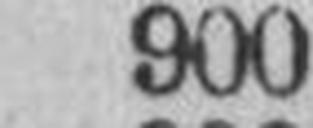
900